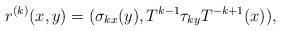
\begin{align*}r^{(k)}(x,y)= (\sigma_{kx}(y), T^{k-1}\tau_{ky}T^{-k+1}(x)),\end{align*}